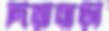
দিয়াবাড়ী